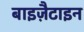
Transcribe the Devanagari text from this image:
बाइज़ैटाइन